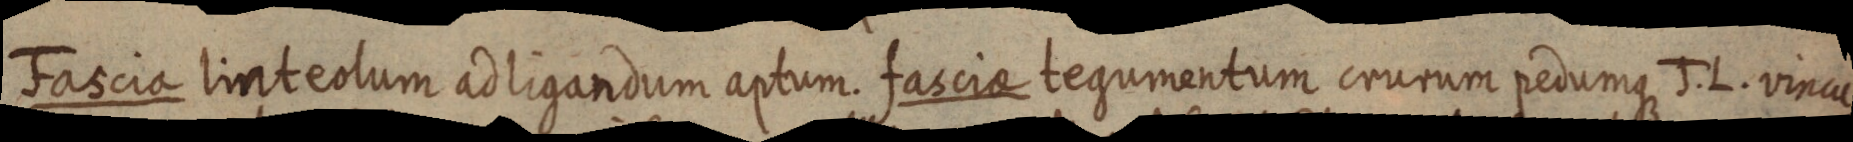
Fascia linteolum ad ligandum aptum. fasciae tegumentum crurum pedumque J. L. vincu